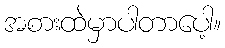
အစားထဲမှာပါတာပေါ့။